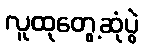
လူထုတွေ့ဆုံပွဲ